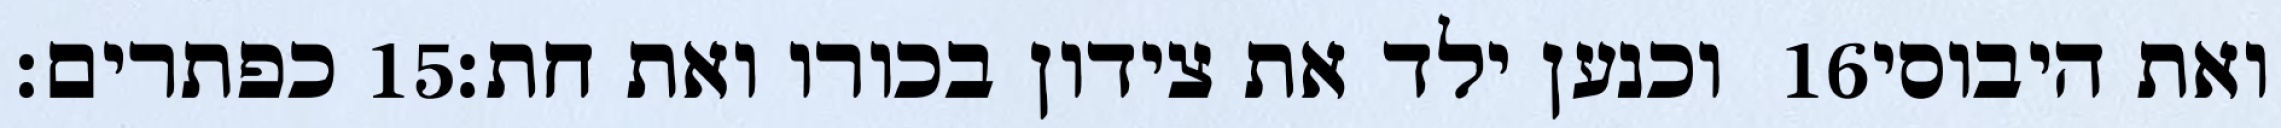
כפתרים׃ ‎15‏ וכנען ילד את צידון בכורו ואת חת׃ ‎16‏ ואת היבוסי